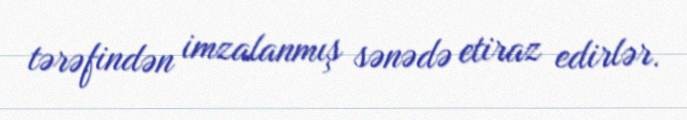
tərəfindən imzalanmış sənədə etiraz edirlər.